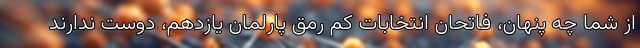
از شما چه پنهان، فاتحان انتخابات کم رمق پارلمان یازدهم، دوست ندارند